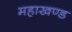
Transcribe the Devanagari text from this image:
महाखण्ड